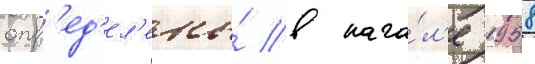
опр'ед'ел'ены́ в нача́л'е 1958